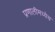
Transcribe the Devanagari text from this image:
प्रणालीमध्येच